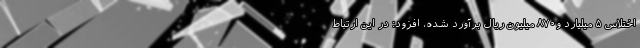
اختلاس ۵ میلیارد و۸۷۰ میلیون ریال برآورد شده، افزود: در این ارتباط